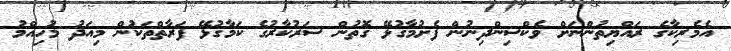
އެމެރިކާގެ ރައްޔިތުންނަށް ވެކްސިންދިނުން ފެށުމާގުޅޭ ގޮތުން ސަރުކާރުގެ ކަމާގުޅޭ ފަރާތްތަކުން މިއަދު މުހިއްމު